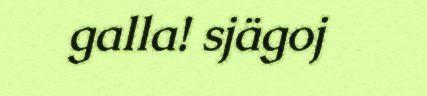
galla! sjägoj